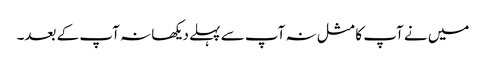
میں نے آپ کا مثل نہ آپ سے پہلے دیکھا نہ آپ کے بعد۔